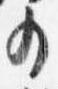
少